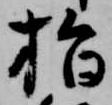
指